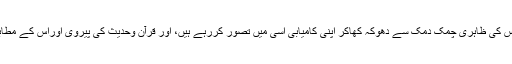
اور ہم مغربی طرز زندگی کی پر فریب جلوہ آرائیوں، رنگینیوں اور اس کی ظاہری چمک دمک سے دھوکہ کھاکر اپنی کامیابی اسی میں تصور کررہے ہیں، اور قرآن وحدیث کی پیروی اوراس کے مطابق زندگی گزارنے کو دشواری اور ناکامی کا راستہ سمجھ رہے ہیں ۔